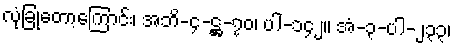
လုံခြုံတော့ကြောင်း၊ အဘိ-၄-ဋ္ဌ-၇၀၊ ပါ-၁၄၂။ အံ-၃-ပါ-၂၃၃၊